Memorandum on the prevention of leprosy by segregation of the affected
Disease focus: Leprosy
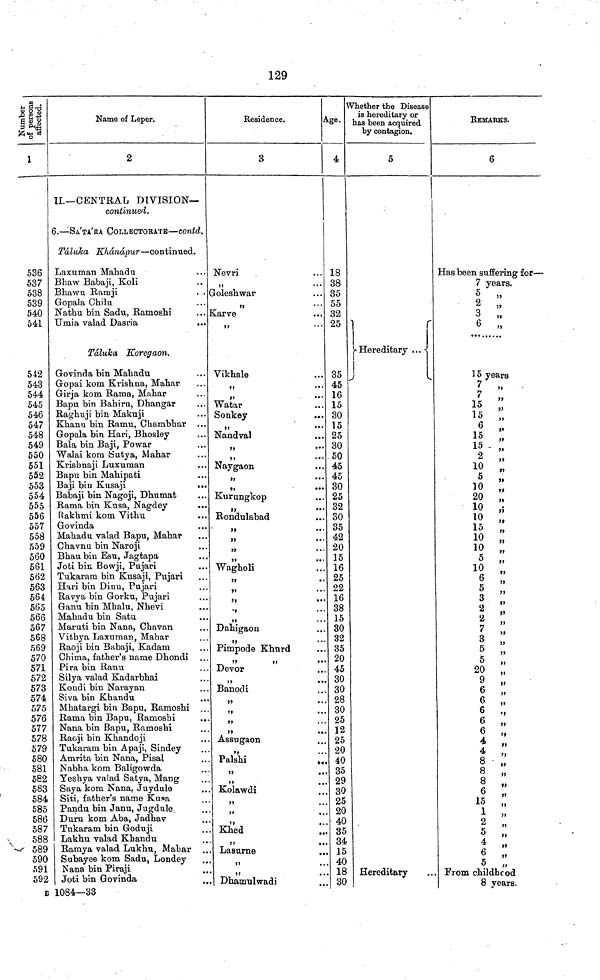
129
Number of persons affected.
1
536
537
538
539
540
541
542
543
544
545
546
547
548
549
550
551
552
553
554
555
556
557
558
559
560
561
562
563
564
565
566
567
568
569
570
571
572
573
574
575
576
577
578
579
580
581
582
583
584
585
586
587
588
589
590
591
592
B
Name of Leper.
2
II.—CENTRAL DIVISION—
continued.
6.—SA'TA'RA COLLECTORATE—contd.
Táluka Khánápur—continued.
Laxuman Mahadu
Bhaw Babaji, Koli
Bhawu
Ramji
. .
Gopala Chilu
Nathu bin Sadu, Ramoshi
Umia valad Dasria
...
Táluka Koregaon.
Govinda bin Mahadu
Gopai kom Krishna, Mahar
Girja kom Rama, Mahar
Bapu bin Bahiru, Dhangar
Raghuji bin Makuji
Khanu bin Ramu, Chambhar ...
Gopala bin Hari, Bhosley
Bala bin Baji, Powar
Walai kom Sutya, Mahar
Krishnaji Luxuman
Bapu bin Mahipati
Baji bin Kusaji
...
Babaji bin Nagoji, Dhumat
Rama bin Kusa, Nagdey
...
Rakhmi kom Vithu
Govinda
Mahadu valad Bapu, Mahar
Chavnu bin Naroji
Bhau bin Esu, Jagtapa
Joti bin Bowji, Pujari
Tukaram bin Kusaji, Pujari
Hari bin Dinu, Pujari
Ravya bin Gorku, Pujari
Ganu bin Mhalu, Nhevi
Mahadu bin Satu
Maruti bin Nana, Chavan
Vithya Laxuman, Mahar
Raoji bin Babaji, Kadam
Chima, father's name Dhondi
Pira bin Ranu
Silya valad Kadarbhai
Kondi bin Narayan
Siva bin Khandu
Mhatargi bin Bapu, Ramoshi
Rama bin Bapu, Ramoshi
Nana bin Bapu, Ramoshi
Raoji bin Khandoji
Tukaram bin Apaji, Sindey
Amrita bin Nana, Pisal
Nabha kom Baligowda
Yeshya valad Satya, Mang
Saya kom Nana, Juydule
Siti, father's name Kufsa
Pandu bin Janu, Jugdule
Duru kom Aba, Jadhav
Tukaram bin Goduji
Lakhu valad Khandu
Ramya valad Lukhu, Mahar
Subayee kom Sadu, Londey
Nana bin Piraji
Joti bin Govinda
1084—33
Residence.
3
Nevri
,,
Goleshwar
• •
Karve
,,
Vikhale
,,
• •
Watar
Sonkey
...
Nandval
,,
•••
,,
• • •
Naygaon
,,
•••
,,
•••
Kurungkop
Rondulabad
99
• • •
,,
* • •
99
• • •
Wagholi
,,
«•
,,
. . •
II
«••
Dahigaon
Pimpode Khurd
Devor
Banodi
99
• •
99
99
••
Assugaon
Palshi
Kolawdi
**
Khed
Lasurne
Dhamulwadi
4
18
38
35
55
32
25
35
45
16
15
30
15
25
30
50
45
45
30
25
32
30
35
42
20
15
16
25
22
16
38
15
30
32
35
20
45
30
30
28
30
25
12
25
20
40
35
29
30
25
20
40
35
34
15
40
18
30
Whether the Disease
is hereditary or
has been acquired
by contagion.
5
Hereditary ...
Hereditary
REMARKS.
6
Has been suffering for—
7 years.
5 „
2 „
3 „
6
15 years
7
,,
7
,,
15 ,,
15
6
15 ,,
15
2
10 „
5
10
20
10
10
15 ,,
10 ,,
10
5 ,,
10 ,,
6 ,,
5 ,,
3 "
2 ,,
2 ,,
7 "
3 ,,
5 ,,
5
20
9
6 ,,
6
6
6
6
4
4
8
,,
s
8
6
,,
15 ,,
1 ,,
2
5
4
6
,,
5
From childhood
8 years.